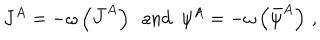
LaTeX: J ^ { A } = - \omega \left( \bar { J } ^ { A } \right) \ \ \mathrm { a n d } \ \ \psi ^ { A } = - \omega \left( \bar { \psi } ^ { A } \right) \, ,